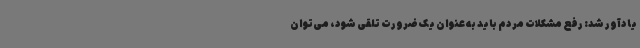
یادآور شد: رفع مشکلات مردم باید به عنوان یک ضرورت تلقی شود، می‌توان